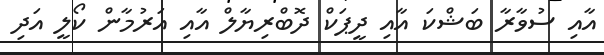
އާއި ސުވާރާ ބަޝްކަ އާއި ދީޕަކް ދޮބްރިޔާލް އާއި އަރުމާން ކޯލީ އަދި